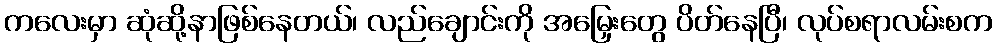
ကလေးမှာ ဆုံဆို့နာဖြစ်နေတယ်၊ လည်ချောင်းကို အမြှေးတွေ ပိတ်နေပြီ၊ လုပ်စရာလမ်းစက